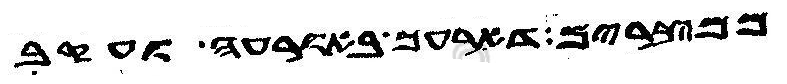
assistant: ממצרים דארעך באורעה ועקב